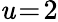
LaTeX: \mathit{u}\! =\! 2